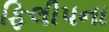
ફિલીપના